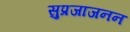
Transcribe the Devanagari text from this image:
सुप्रजाजनन